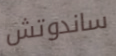
ساندوتش